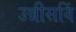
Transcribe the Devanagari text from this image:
उन्नीसविं